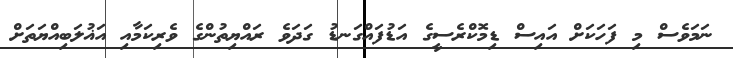
ނަމަވެސް މި ފަހަކަށް އައިސް ޑިމޮކްރެސީގެ އަޑުފައްގަނޑު ގަދަވެ ރައްޔިތުންގެ ވެރިކަމާއި އަޣުލަބިއްޔަތަށް